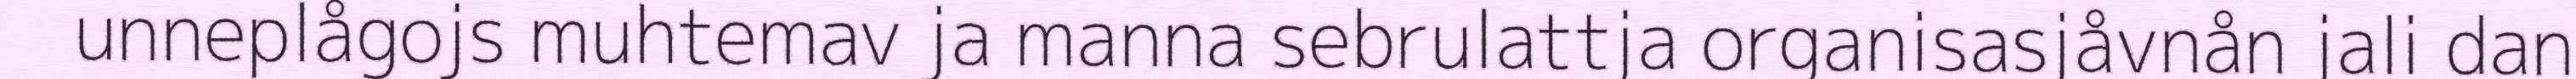
unneplågojs muhtemav ja manna sebrulattja organisasjåvnån jali dan